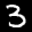
Label: 3